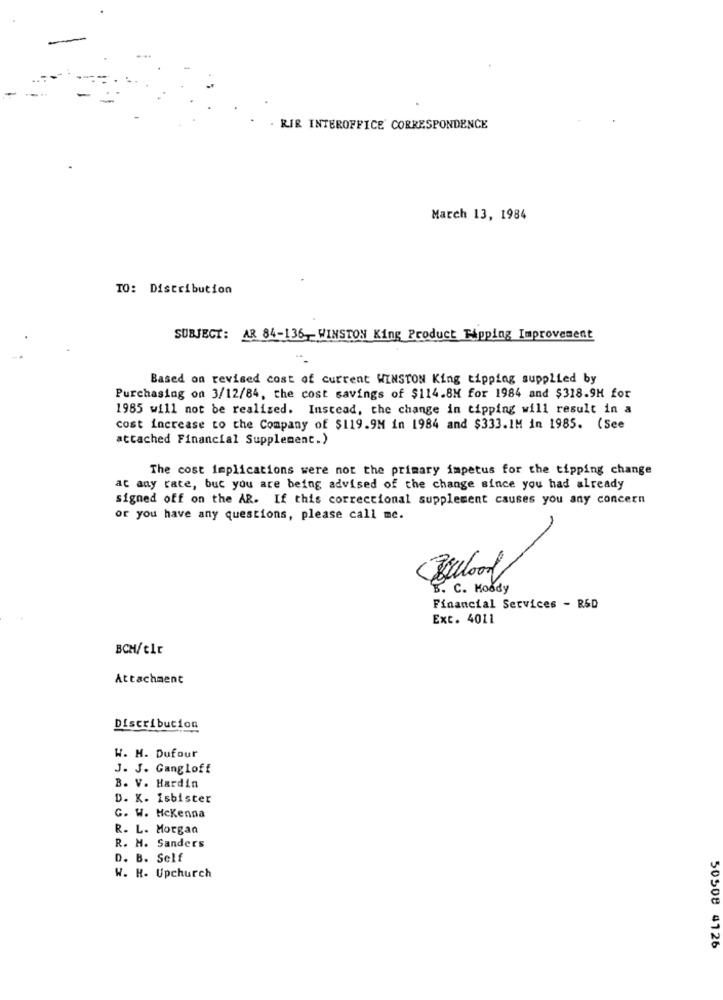
RIR INTEROFFICE CORRESPONDENCE
March 13, 1984
TO: Distribution
SUBJECT: AR 84-136. - WINSTON King Product Tipping Improvement
Based on revised cost of current WINSTON King tipping supplied by
Purchasing on 3/12/84, the cost savings of $114.8M for 1984 and $318.9M for
1985 will not be realized. Instead, the change in tipping will result in a
cost increase to the Company of $119.9M in 1984 and $333.1M in 1985. (See
attached Financial Supplement.)
The cost implications were not the primary impetus for the tipping change
at any rate, but you are being advised of the change since you had already
signed off on the AR. If this correctional supplement causes you any concern
or you have any questions, please call me.
$. C. Moody
Financial Services - R&D
Ext. 4011
BCH/t1r
Attachment
Distribution
W. H. Dufour
J. J. Gangloff
B. V. Hardin
D. K. Isbister
G. W. Mckenna
R. L. Morgan
R. M. Sanders
D. B. Self
W. H- Upchurch
50508 4126